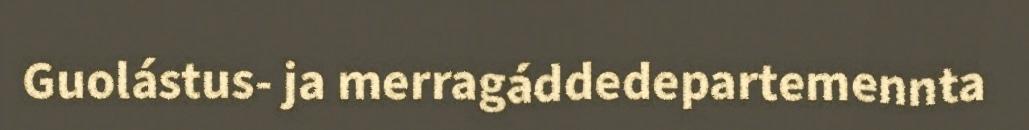
Guolástus- ja merragáddedepartemennta